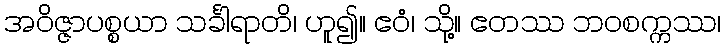
အဝိဇ္ဇာပစ္စယာ သင်္ခါရာတိ၊ ဟူ၍။ ဧဝံ၊ သို့။ ဧတဿ ဘဝစက္ကဿ၊